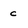
Character: c